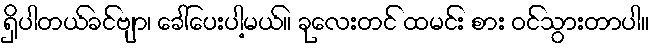
ရှိပါတယ်ခင်ဗျာ၊ ခေါ်ပေးပါ့မယ်။ ခုလေးတင် ထမင်း စား ဝင်သွားတာပါ။